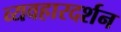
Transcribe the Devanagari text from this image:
व्यवहारदर्शन